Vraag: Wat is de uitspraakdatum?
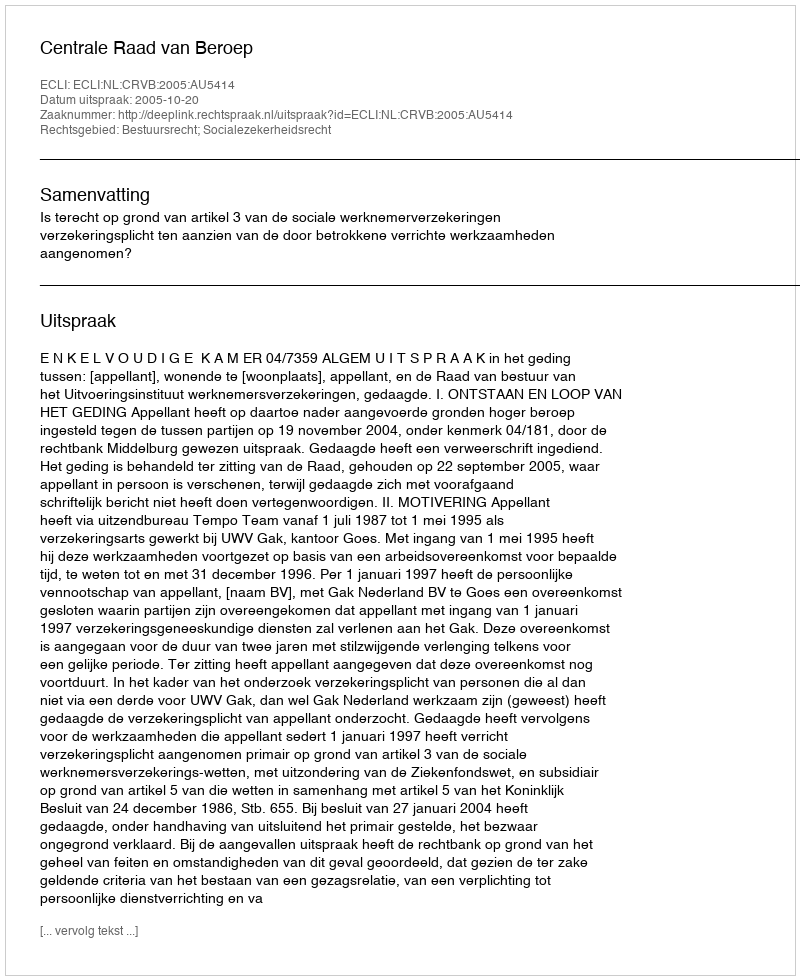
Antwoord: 2005-10-20